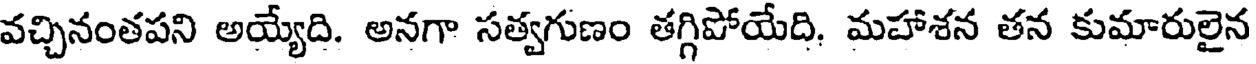
వచ్చినంతపని అయ్యేది. అనగా సత్వగుణం తగ్గిపోయేది. మహాశన తన కుమారులైన